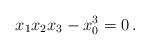
LaTeX: \begin{align*}x_{1}x_{2}x_{3}-x_{0}^{3}=0\,.\end{align*}